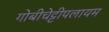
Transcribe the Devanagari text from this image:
गोबीचेट्टीपलायम